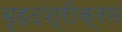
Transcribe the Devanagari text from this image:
बृहदश्रीक्रम